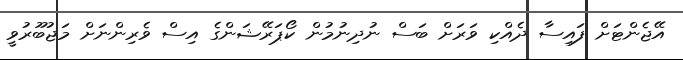
އޭޖެންޓަށް ފައިސާ ދެއްކި ވަރަށް ބަސް ނުދިނުމުން ކޯޕަރޭޝަންގެ އިސް ވެރިންނަށް މަޖުބޫރުވީ